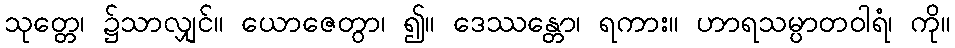
သုတ္တေ၊ ၌သာလျှင်။ ယောဇေတွာ၊ ၍။ ဒေဿန္တော၊ ရကား။ ဟာရသမ္ပာတဝါရံ၊ ကို။